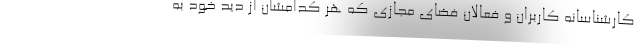
کارشناسانه کاربران و فعالان فضای مجازی که هر کدامشان از دید خود به